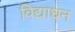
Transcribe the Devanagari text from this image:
विद्याधन